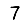
Digit: 7